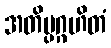
အတိပ္ပဂ္ဂဟိတံ